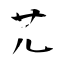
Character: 茪